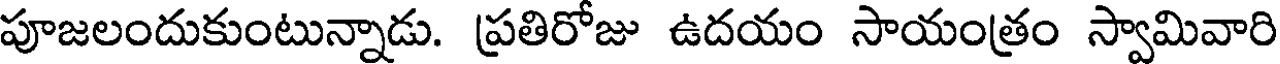
పూజలందుకుంటున్నాడు. ప్రతిరోజు ఉదయం సాయంత్రం స్వామివారి